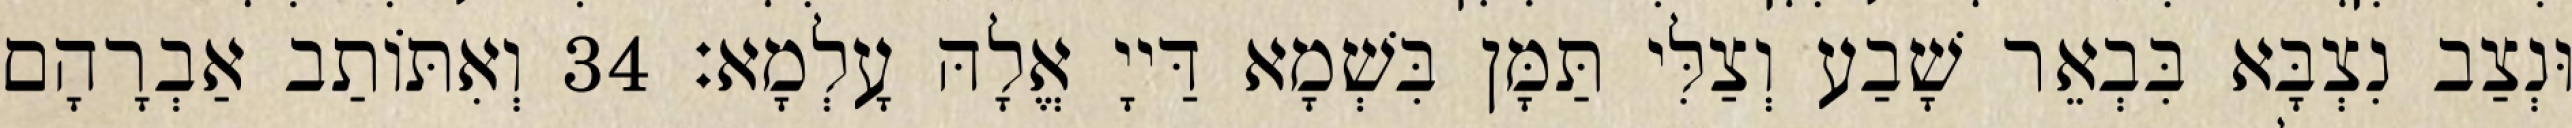
וּנְצַב נִצְבָּא בִּבְאֵר שָׁבַע וְצַלִּי תַּמָּן בִּשְׁמָא דַּייָ אֱלָהּ עָלְמָא׃ 34 וְאִתּוֹתַב אַבְרָהָם